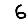
Digit: 6